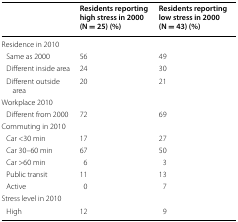
<table><thead><tr><td></td><td><b>Residents reporting high stress in 2000 (N = 25) (%)</b></td><td><b>Residents reporting low stress in 2000 (N = 43) (%)</b></td></tr></thead><tbody><tr><td colspan="3">Residence in 2010</td></tr><tr><td> Same as 2000</td><td>56</td><td>49</td></tr><tr><td> Different inside area</td><td>24</td><td>30</td></tr><tr><td> Different outside area</td><td>20</td><td>21</td></tr><tr><td colspan="3">Workplace 2010</td></tr><tr><td> Different from 2000</td><td>72</td><td>69</td></tr><tr><td colspan="3">Commuting in 2010</td></tr><tr><td> Car &lt;30 min</td><td>17</td><td>27</td></tr><tr><td> Car 30–60 min</td><td>67</td><td>50</td></tr><tr><td> Car &gt;60 min</td><td>6</td><td>3</td></tr><tr><td> Public transit</td><td>11</td><td>13</td></tr><tr><td> Active</td><td>0</td><td>7</td></tr><tr><td colspan="3">Stress level in 2010</td></tr><tr><td> High</td><td>12</td><td>9</td></tr></tbody></table>